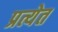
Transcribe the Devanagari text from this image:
प्रत्येत